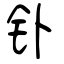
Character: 钋